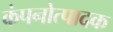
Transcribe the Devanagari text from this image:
कंपनोत्पादक